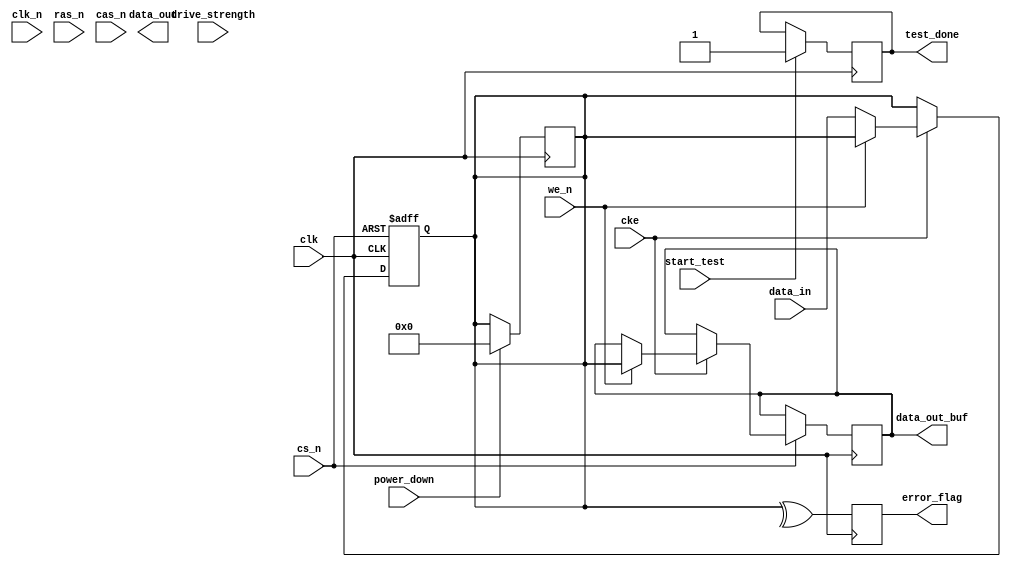
module gddr6x_io_block (
    input wire clk,          // Differential clock input (CK)
    input wire clk_n,        // Differential clock input (CK#)
    input wire [63:0] data_in, // 64-bit data input
    output wire [63:0] data_out, // 64-bit data output
    input wire cke,         // Clock enable
    input wire cs_n,        // Chip select (active low)
    input wire ras_n,       // Row address strobe (active low)
    input wire cas_n,       // Column address strobe (active low)
    input wire we_n,        // Write enable (active low)
    output wire [63:0] data_out_buf, // Buffered data output
    output wire error_flag,  // Error detection flag
    input wire [1:0] drive_strength, // Programmable drive strength
    input wire power_down,   // Power down mode
    output wire test_done,    // Test completion signal
    input wire start_test     // Start test signal
);

// Internal signals
reg [63:0] data_buf;
reg error_detected;
reg [63:0] data_out_reg;
reg test_complete;

// Clock domain synchronization
always @(posedge clk or negedge cs_n) begin
    if (!cs_n) begin
        data_buf <= 64'b0;
    end else if (cke) begin
        if (!we_n) begin
            data_buf <= data_in; // Write operation
        end else begin
            data_out_reg <= data_buf; // Read operation
        end
    end
end

// Output buffer with drive strength control
assign data_out_buf = (drive_strength == 2'b00) ? data_out_reg : 
                      (drive_strength == 2'b01) ? {data_out_reg[63:32], data_out_reg[31:0]} : 
                      (drive_strength == 2'b10) ? {data_out_reg[63:16], data_out_reg[15:0]} : 
                      data_out_reg;

// Error detection (simple parity check for illustration)
always @(posedge clk) begin
    error_detected <= ^data_buf; // Simple parity check
end

assign error_flag = error_detected;

// Power management
always @(posedge clk) begin
    if (power_down) begin
        // Implement low power mode
        data_buf <= 64'b0;
    end
end

// Testability features
always @(posedge clk) begin
    if (start_test) begin
        // Implement BIST logic here
        test_complete <= 1'b1; // Indicate test completion
    end
end

assign test_done = test_complete;

endmodule